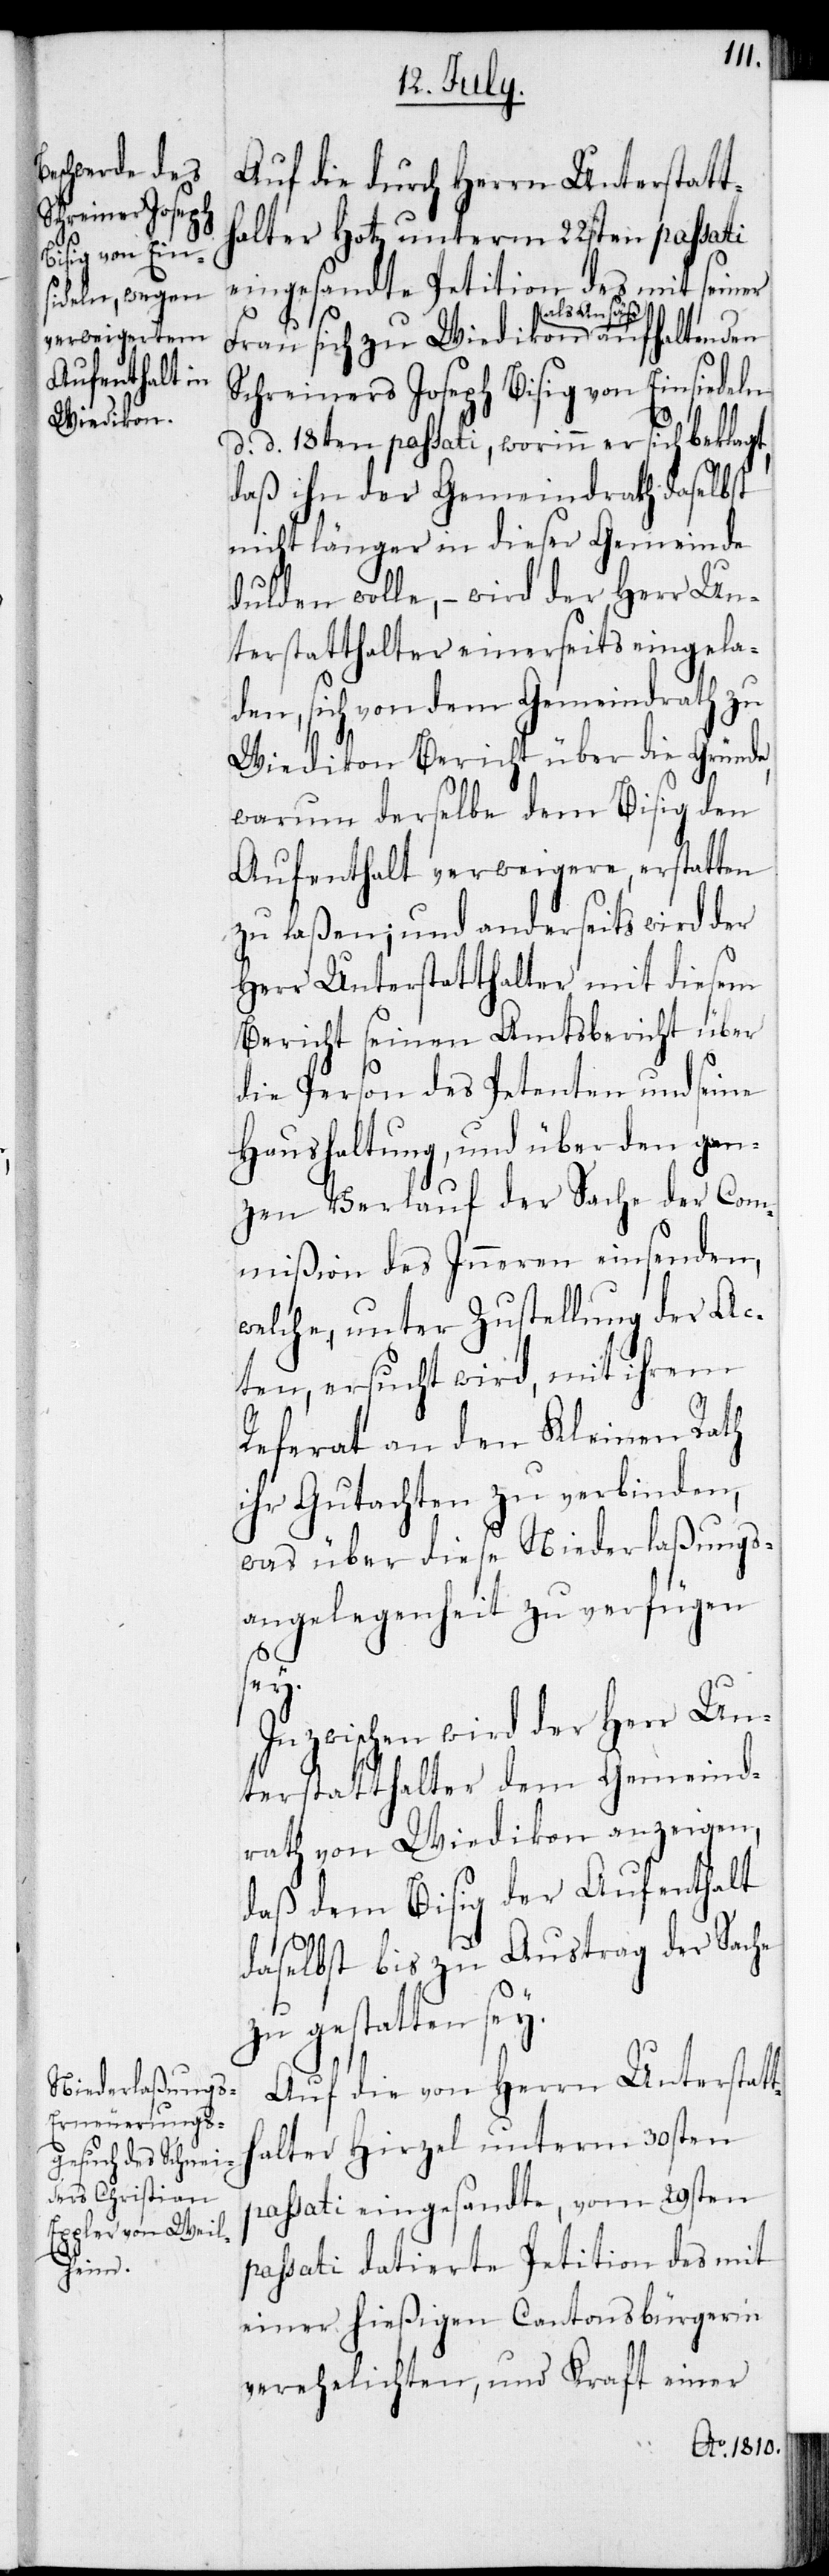
Wiedikon

altenden

Auf die durch Herrn Unterstatt¬
halter Hotz unterm 22sten passati
eingesandte Petition des mit seiner
als Ansäß aufh¬
Schreiners Joseph Bisig von Einsiedeln
d. d. 18ten passati, worinn er sich beklagt,
daß ihn der Gemeindrath daselbst
nicht länger in dieser Gemeinde
dulden wolle, – wird der Herr Un¬
terstatthalter einerseits eingela¬
den, sich von dem Gemeindrath zu
Wiedikon Bericht über die Gründe,
warum derselbe dem Bisig den
Aufenthalt verweigere, erstatten
zu laßen; und anderseits wird der
Herr Unterstatthalter mit diesem
Bericht seinen Amtsbericht über
die Person des Petenten und seine
Haushaltung, und über den gan¬
zen Verlauf der Sache der Com¬
mißion des Inneren einsenden,
welche, unter Zustellung der Ac¬
ten, ersucht wird, mit ihrem
Referat an den Kleinen Rath
ihr Gutachten zu verbinden,
was über diese Niederlaßungs¬
angelegenheit zu verfügen
sey.
Inzwischen wird der Herr Un¬
terstatthalter dem Gemeind¬
rath von Wiedikon anzeigen,
daß dem Bisig der Aufenthalt
daselbst bis zu Austrag der Sache
zu gestatten sey.
Auf die von Herrn Unterstatt¬
halter Hirzle unterm 30sten
passati eingesandte, vom 29sten
passati datierte Petition des mit
einer hießigen Cantonsbürgerin
verehelichten, und Kraft einer